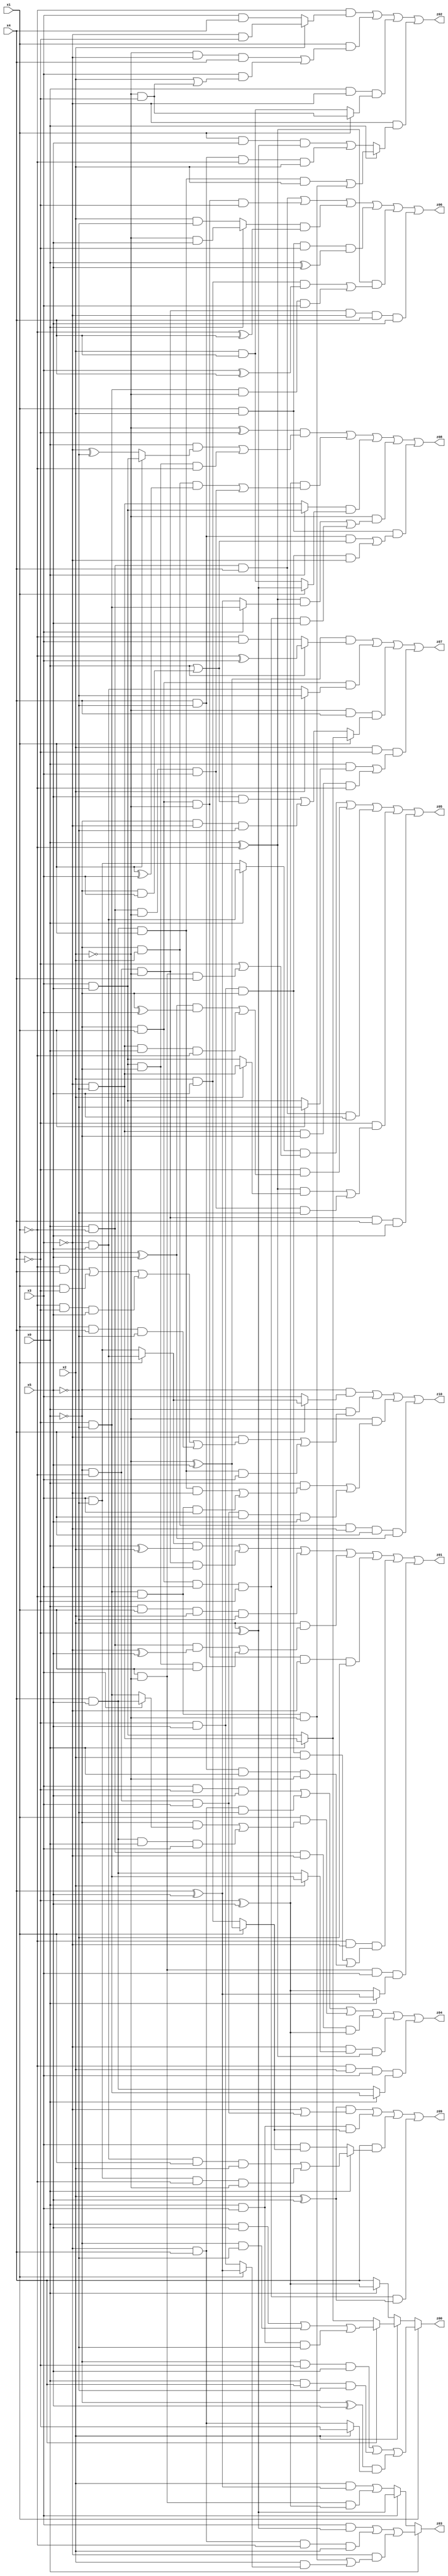
// Benchmark "X_6" written by ABC on Sat Jun 03 17:40:05 2023

module X_6 ( 
    x0, x1, x2, x3, x4, x5,
    z00, z01, z02, z03, z04, z05, z06, z07, z08, z09, z10  );
  input  x0, x1, x2, x3, x4, x5;
  output z00, z01, z02, z03, z04, z05, z06, z07, z08, z09, z10;
  assign z00 = x1 ? ((~x0 & ~x4 & x5) | (x0 & x4 & ~x5) | ((~x0 ^ x5) & (x2 ? ~x4 : (~x3 & x4)))) : (x2 ? (x4 ? ((x0 & x5) | (~x0 & ~x5) | (x0 & x3 & ~x5)) : (x0 ? (~x3 & ~x5) : (x3 & x5))) : (x0 ? (~x4 ^ x5) : x4));
  assign z01 = ((x1 ? (~x3 & x5) : (x3 & ~x5)) & (x0 ^ x2)) | (~x0 & ~x1 & ~x2 & x5) | (x0 & x1 & x2 & ~x5) | (x2 & ((x0 & ~x1 & (~x3 ^ x5)) | (x3 & x5 & ~x0 & x1))) | (~x0 & x1 & ~x2 & ~x3 & ~x5) | (~x1 & ~x3 & ((~x4 & x5 & ~x0 & x2) | (x4 & ~x5 & x0 & ~x2))) | (x1 & ~x2 & x3 & (x0 ? (x4 ^ x5) : (~x4 ^ x5)));
  assign z02 = (~x1 & (x2 ? (~x3 & ~x4) : (x3 & x4))) | (x1 & ((~x2 & ~x3 & x4) | (x3 & (x2 | (~x2 & ~x4))))) | (x0 & ~x3 & (x1 ? (~x2 & ~x4) : (x2 & x4))) | (~x3 & (x0 ? ((x4 & x5 & x1 & x2) | (~x4 & ~x5 & ~x1 & ~x2)) : ((x1 & x5 & (x2 ^ ~x4)) | (x4 & ~x5 & ~x1 & x2))));
  assign z03 = x0 ? ((x3 & (x2 ^ ~x4)) | (~x3 & x4 & ~x1 & x2) | (~x3 & ((~x4 & ~x5 & ~x1 & ~x2) | (x2 & (x1 ? (x4 ^ x5) : (~x4 & x5)))))) : (x3 ? (x2 ^ ~x4) : ((x2 & (x4 ^ x5)) | (x1 & ~x2 & (~x4 ^ x5))));
  assign z04 = (x3 & ~x4 & x5) | (~x3 & x4 & ~x5) | (x1 & ((~x0 & (x3 ? (x4 & x5) : (~x4 & ~x5))) | (x4 & x5 & x0 & x3))) | (x0 & ~x1 & ~x3 & (~x4 ^ x5)) | (~x3 & (x2 ? (~x4 & ~x5) : (x4 & x5)) & (x0 ^ ~x1)) | (~x1 & x2 & x3 & (x0 ? (~x4 & ~x5) : (x4 & x5)));
  assign z05 = ((x0 ? (~x3 & x5) : (x3 & ~x5)) & (~x4 | (x1 & ~x2 & x4))) | (~x4 & (((x1 ^ x5) & (~x0 ^ x3)) | (~x3 & ~x5 & x0 & ~x1))) | (x0 & ~x1 & x4 & x5) | (~x4 & (((x0 ^ ~x1) & (x2 ? (~x3 & ~x5) : (x3 & x5))) | (x0 & ~x1 & ~x2 & x3 & ~x5))) | (~x0 & ~x1 & ~x2 & x4 & x5);
  assign z06 = (x0 & ~x1 & x4) | (~x0 & x1 & ~x2 & ~x4) | ((x0 ? (~x2 & x5) : (x2 & ~x5)) & (~x1 ^ x4)) | (x1 & x2 & ~x4 & (x0 ^ x5)) | ((x0 ^ ~x1) & ((x2 & x5 & (x3 ^ x4)) | (~x4 & ~x5 & ~x2 & x3))) | (~x0 & ~x1 & ~x2 & ~x3 & x4 & x5);
  assign z07 = ((~x2 ^ x5) & (x0 ? (~x1 ^ x3) : (~x1 & x3))) | (~x0 & x1 & (x2 ? ~x5 : (~x3 & x5))) | (~x2 & x4 & (x1 ? (x0 ? (~x3 & ~x5) : (x3 & x5)) : ((x5 & (x0 | (~x0 & x3))) | (~x0 & ~x3 & ~x5)))) | (x2 & ~x4 & ((x0 & (x1 ? ~x5 : (x3 & x5))) | (~x3 & ~x5 & ~x0 & ~x1)));
  assign z08 = ((~x2 ^ ~x4) & ((x0 & (x1 ? (x3 & x5) : (~x3 ^ ~x5))) | (x3 & x5 & ~x0 & ~x1))) | ((~x4 ^ x5) & ((~x0 & x2 & (x1 ^ x3)) | (x0 & ~x1 & ~x2 & x3))) | ((x0 ? (x3 & x5) : (~x3 & ~x5)) & (x1 ? (x2 ^ ~x4) : (x2 & x4))) | (~x2 & (((x0 ^ ~x1) & (x3 ? (~x4 & ~x5) : (x4 ^ x5))) | (~x0 & x1 & x3 & ~x4 & x5))) | (x1 & x2 & ((x4 & ~x5 & (x0 | (~x0 & x3))) | (~x4 & x5 & ~x0 & ~x3)));
  assign z09 = ((x2 ^ x5) & (~x3 | (~x0 & ~x1 & x3))) | (x0 & x3 & (x1 ? (~x2 ^ x5) : (x2 & x5))) | (x4 & (x0 ? ((~x3 & x5 & x1 & x2) | (x3 & ~x5 & ~x1 & ~x2)) : (x3 & (x1 ? (~x2 ^ x5) : (x2 & x5))))) | (~x0 & x1 & x3 & ~x4 & (x2 ^ x5));
  assign z10 = (~x0 & (x4 ? (x1 ? (~x3 & x5) : (x3 & ~x5)) : x3)) | (x0 & ((~x3 & ((~x1 & x4) | (x1 & ~x4) | (~x1 & ~x4 & x5) | (x1 & x4 & ~x5))) | (x4 & x5 & x1 & x3))) | (~x2 & ((x0 & ((x4 & x5 & x1 & ~x3) | (~x4 & ~x5 & ~x1 & x3))) | (~x0 & ~x1 & x3 & x4 & x5))) | (~x0 & x2 & ~x3 & x4 & (x1 ^ x5));
endmodule